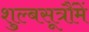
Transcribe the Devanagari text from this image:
शुल्बसूत्रौंमें